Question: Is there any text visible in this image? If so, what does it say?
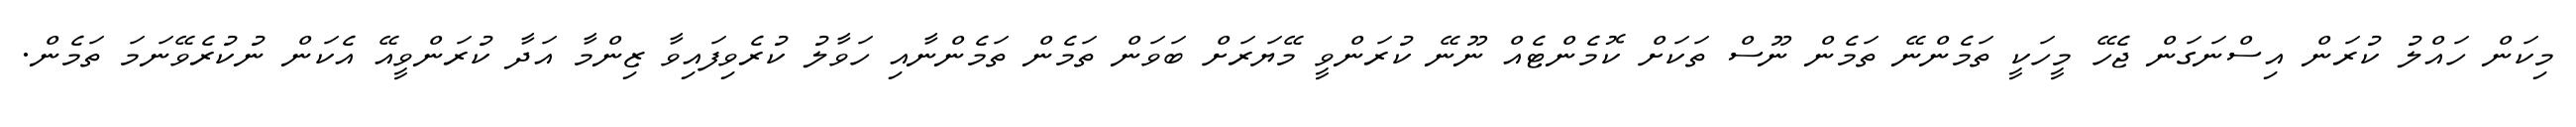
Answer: މިކަން ހައްލު ކުރަން އިސްނަގަން ޖެހޭ މީހަކީ ތަމެންނޭ ތަމެން ނޫސް ތަކަށް ކޮމެންޓެއް ނޫނޭ ކުރަންވީ މޭޔަރަށް ބަވަން ތަމެން ތަމެންނާއި ހަވާލު ކުރެވިފައިވާ ޒިންމާ އަދާ ކުރަންވީއޭ އެކަން ނުކުރެވޭނަމަ ތަމެން.